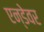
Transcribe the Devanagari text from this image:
एन्डेवर